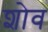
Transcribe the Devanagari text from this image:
शोव